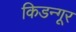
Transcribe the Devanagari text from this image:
किडन्गूर